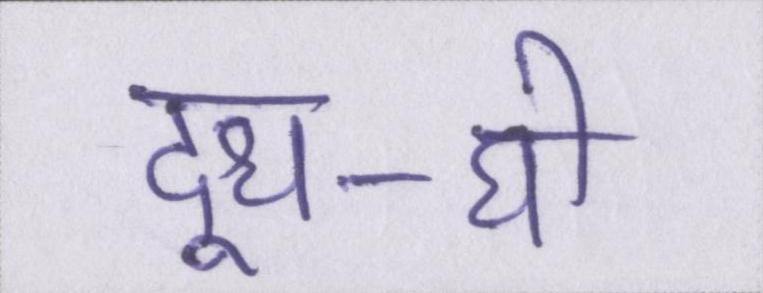
दूध-घी